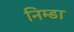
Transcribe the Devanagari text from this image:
निम्डा